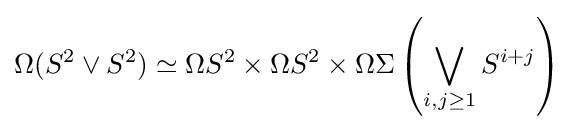
\Omega (S^{2}\vee S^{2})\simeq \Omega S^{2}\times \Omega S^{2}\times \Omega \Sigma \left(\bigvee _{i,j\geq 1}S^{i+j}\right)